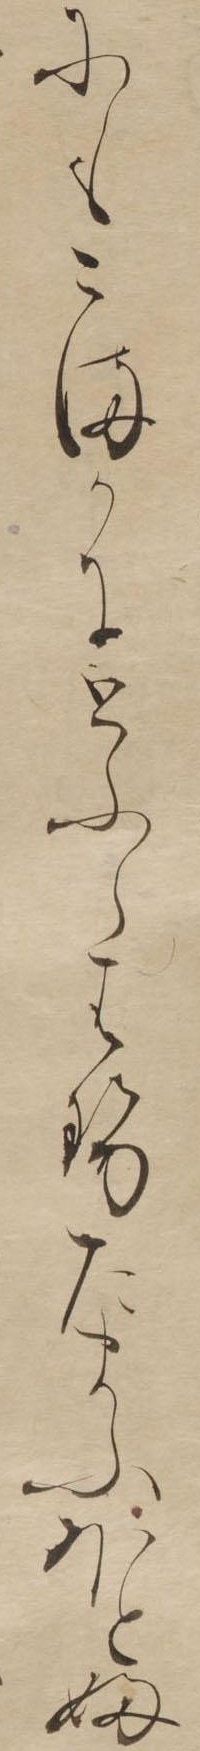
にもこまかにとふらはせたまふほとふ